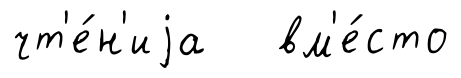
чт'е́н'иjа вм'е́сто